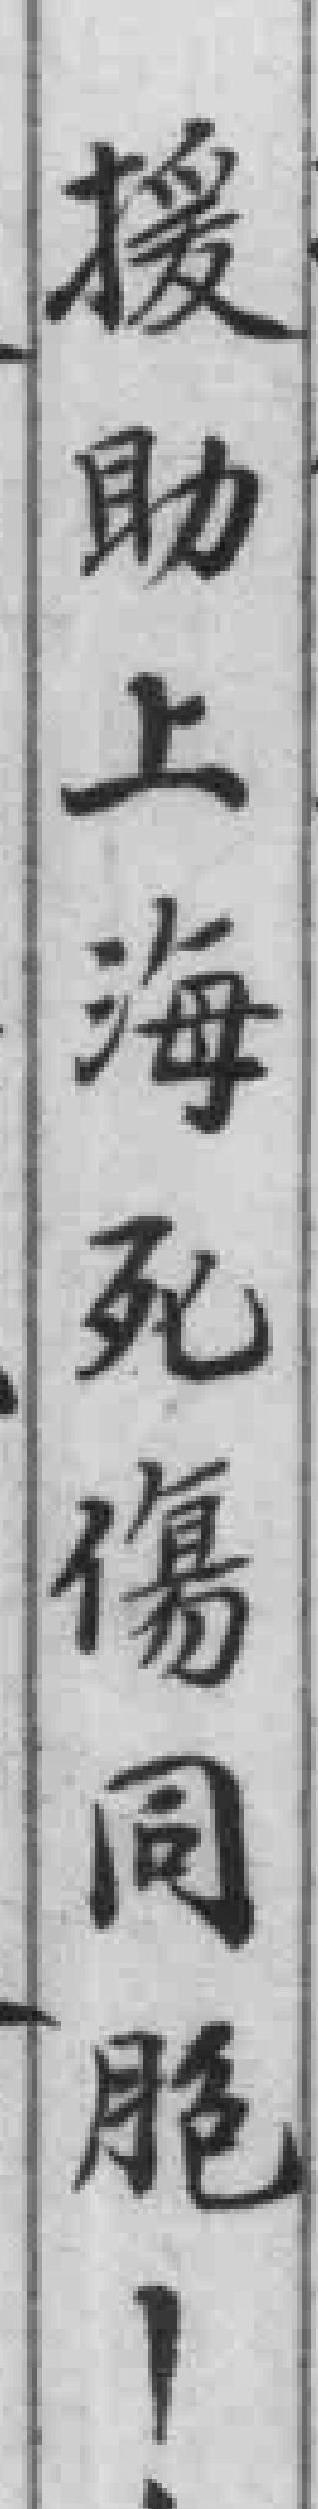
援助上海死傷同胞！